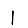
Digit: 1